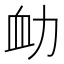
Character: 𧖩